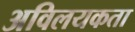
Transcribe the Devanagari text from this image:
अविलयकता